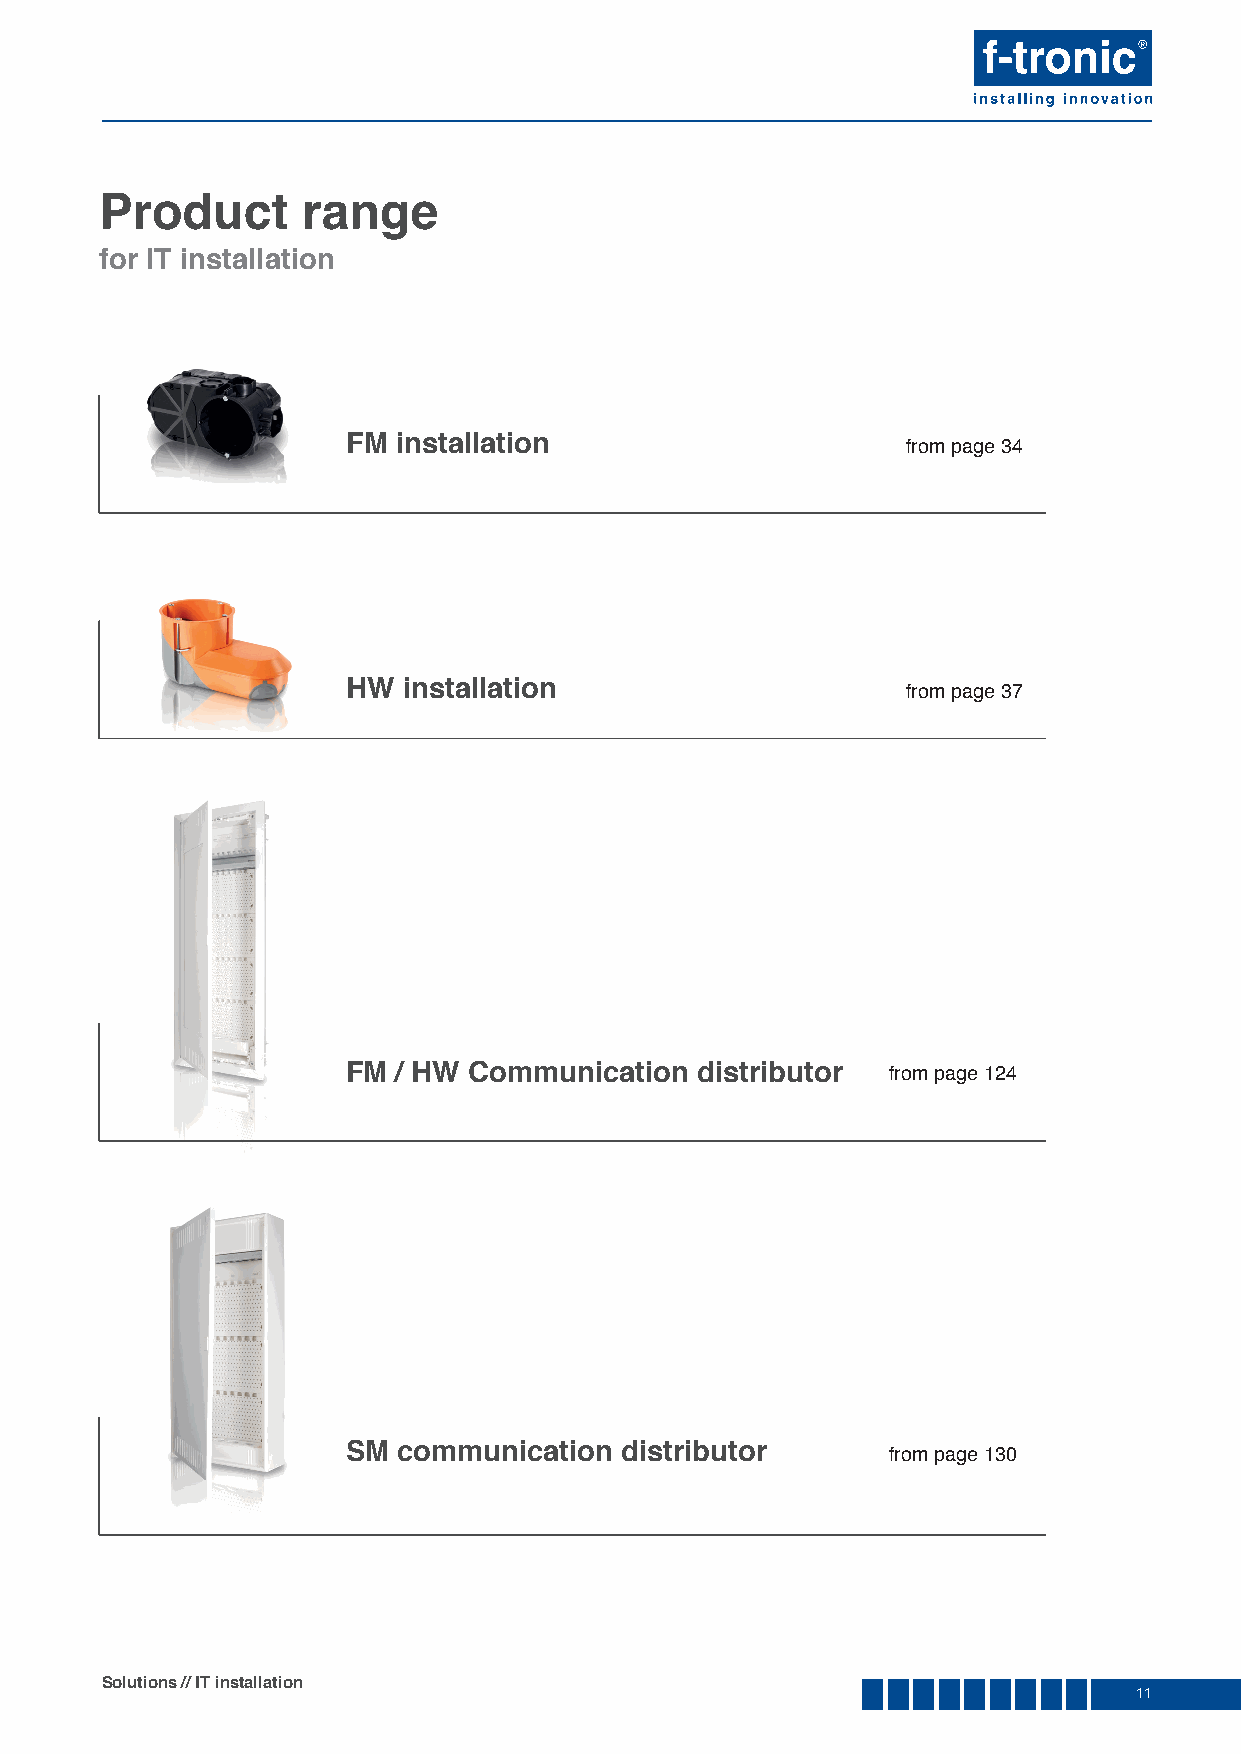
Product      range
 for IT installation
 FM installation                      from page 34
 HW  installation                     from page 37
 FM / HW Communication  distributor  from page 124
 SM communication  distributor       from page 130
 Solutions // IT installation
 11